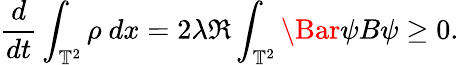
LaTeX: \frac{d}{dt}\int_{\mathbb{T}^{2}}\rho\ dx=2\lambda\Re\int_{\mathbb{T}^{2}}\Bar{\psi}B\psi\ge 0.